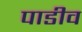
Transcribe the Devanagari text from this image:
पाडीव